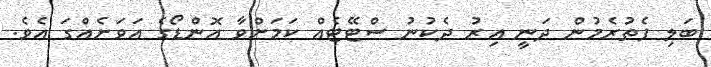
ބަލި ފެތުރެމުން ދަނީ އިރު ދެކުނު ސްޓޭޓެއް ކަމަށްވާ އޮންޑޯގެ އަވަށެއްގަ އެވެ.